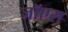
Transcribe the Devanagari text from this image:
जॉएस